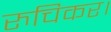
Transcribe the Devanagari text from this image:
रुचिकर।